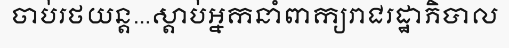
ចាប់រថយន្ត...ស្តាប់អ្នកនាំពាក្យរាជរដ្ឋាភិបាល